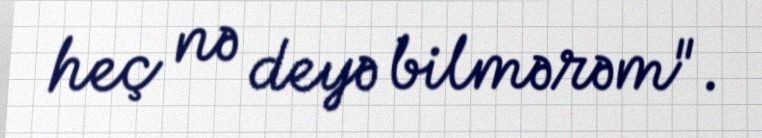
heç nə deyə bilmərəm".